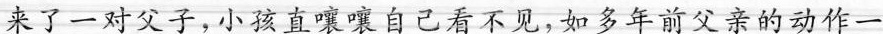
来了一对父子，小孩直嚷嚷自己看不见，如多年前父亲的动作一